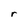
Character: r